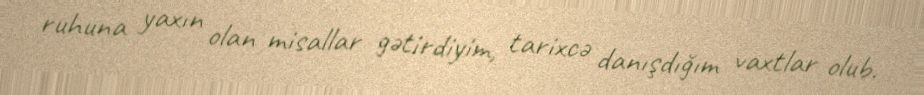
ruhuna yaxın olan misallar gətirdiyim, tarixcə danışdığım vaxtlar olub.